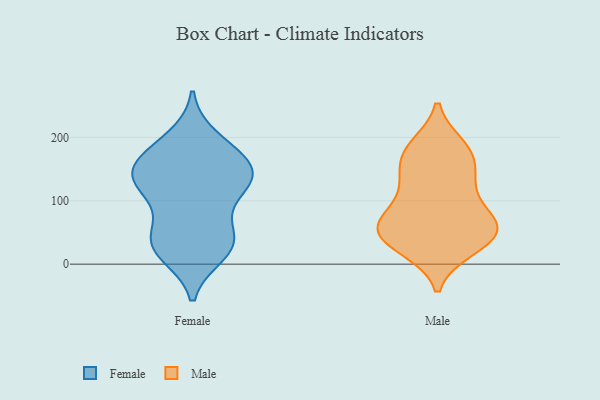
{"axis": {"x": "Tickets Resolved", "y": "Value"}, "legend": ["Female", "Male"], "data": [{"x": "", "y": 121, "type": "Female"}, {"x": "", "y": 141, "type": "Female"}, {"x": "", "y": 151, "type": "Female"}, {"x": "", "y": 70, "type": "Female"}, {"x": "", "y": 32, "type": "Female"}, {"x": "", "y": 181, "type": "Female"}, {"x": "", "y": 154, "type": "Female"}, {"x": "", "y": 169, "type": "Female"}, {"x": "", "y": 132, "type": "Female"}, {"x": "", "y": 37, "type": "Female"}, {"x": "", "y": 127, "type": "Female"}, {"x": "", "y": 17, "type": "Female"}, {"x": "", "y": 29, "type": "Female"}, {"x": "", "y": 34, "type": "Female"}, {"x": "", "y": 198, "type": "Female"}, {"x": "", "y": 121, "type": "Female"}, {"x": "", "y": 56, "type": "Male"}, {"x": "", "y": 126, "type": "Male"}, {"x": "", "y": 25, "type": "Male"}, {"x": "", "y": 185, "type": "Male"}, {"x": "", "y": 31, "type": "Male"}, {"x": "", "y": 34, "type": "Male"}, {"x": "", "y": 60, "type": "Male"}, {"x": "", "y": 166, "type": "Male"}, {"x": "", "y": 63, "type": "Male"}, {"x": "", "y": 133, "type": "Male"}, {"x": "", "y": 177, "type": "Male"}, {"x": "", "y": 180, "type": "Male"}, {"x": "", "y": 75, "type": "Male"}, {"x": "", "y": 82, "type": "Male"}, {"x": "", "y": 58, "type": "Male"}, {"x": "", "y": 45, "type": "Male"}, {"x": "", "y": 128, "type": "Male"}]}